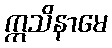
ဣသိနာမေ